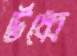
র্উধ্বে